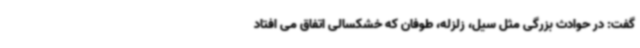
گفت: در حوادث بزرگی مثل سیل، زلزله، طوفان که خشکسالی اتفاق می افتاد